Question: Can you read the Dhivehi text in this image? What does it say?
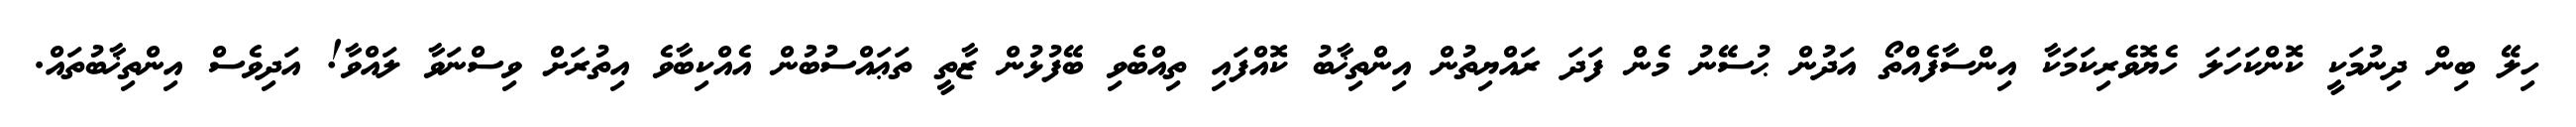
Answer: ހިލޭ ބިން ދިނުމަކީ ކޮންކަހަލަ ހެޔޮވެރިކަމަކާ އިންސާފެއްތޯ އަދުން ޙުސޭނު މެން ފަދަ ރައްޔިތުން އިންތިޚާބު ކޮއްފައި ތިއްބެވި ބޭފުޅުން ޒާތީ ތަޢައްސުބުން އެއްކިބާވެ އިތުރަށް ވިސްނަވާ ލައްވާ! އަދިވެސް އިންތިޚާބުތައް.